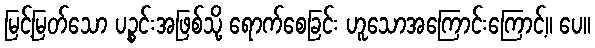
မြင့်မြတ်သော ပဉ္စင်းအဖြစ်သို့ ရောက်စေခြင်း ဟူသောအကြောင်းကြောင့်။ ပေ။